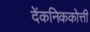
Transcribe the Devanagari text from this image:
देंकनिककोत्ती